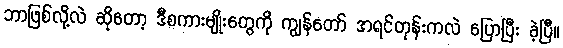
ဘာဖြစ်လို့လဲ ဆိုတော့ ဒီစကားမျိုးတွေကို ကျွန်တော် အရင်တုန်းကလဲ ပြောပြီး ခဲ့ပြီ။